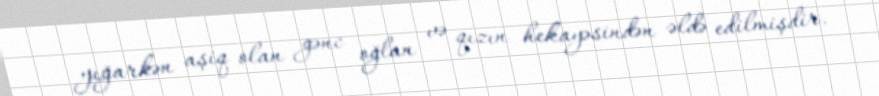
yığarkən aşiq olan gənc oğlan və qızın hekayəsindən əldə edilmişdir.